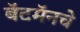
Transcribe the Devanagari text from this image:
बॅटमॅनचे